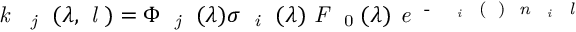
\textit { k } \textsubscript { \textit { j } } ( \lambda , \textit { l } ) = \Phi \textsubscript { \textit { j } } ( \lambda ) \sigma \textsubscript { \textit { i } } ( \lambda ) \textit { F } \textsubscript { 0 } ( \lambda ) \textit { e } \textsuperscript { - \sum \sigma \textsubscript { \textit { i } } ( \lambda ) \textit { n \textsubscript { \textit { i } } l } }